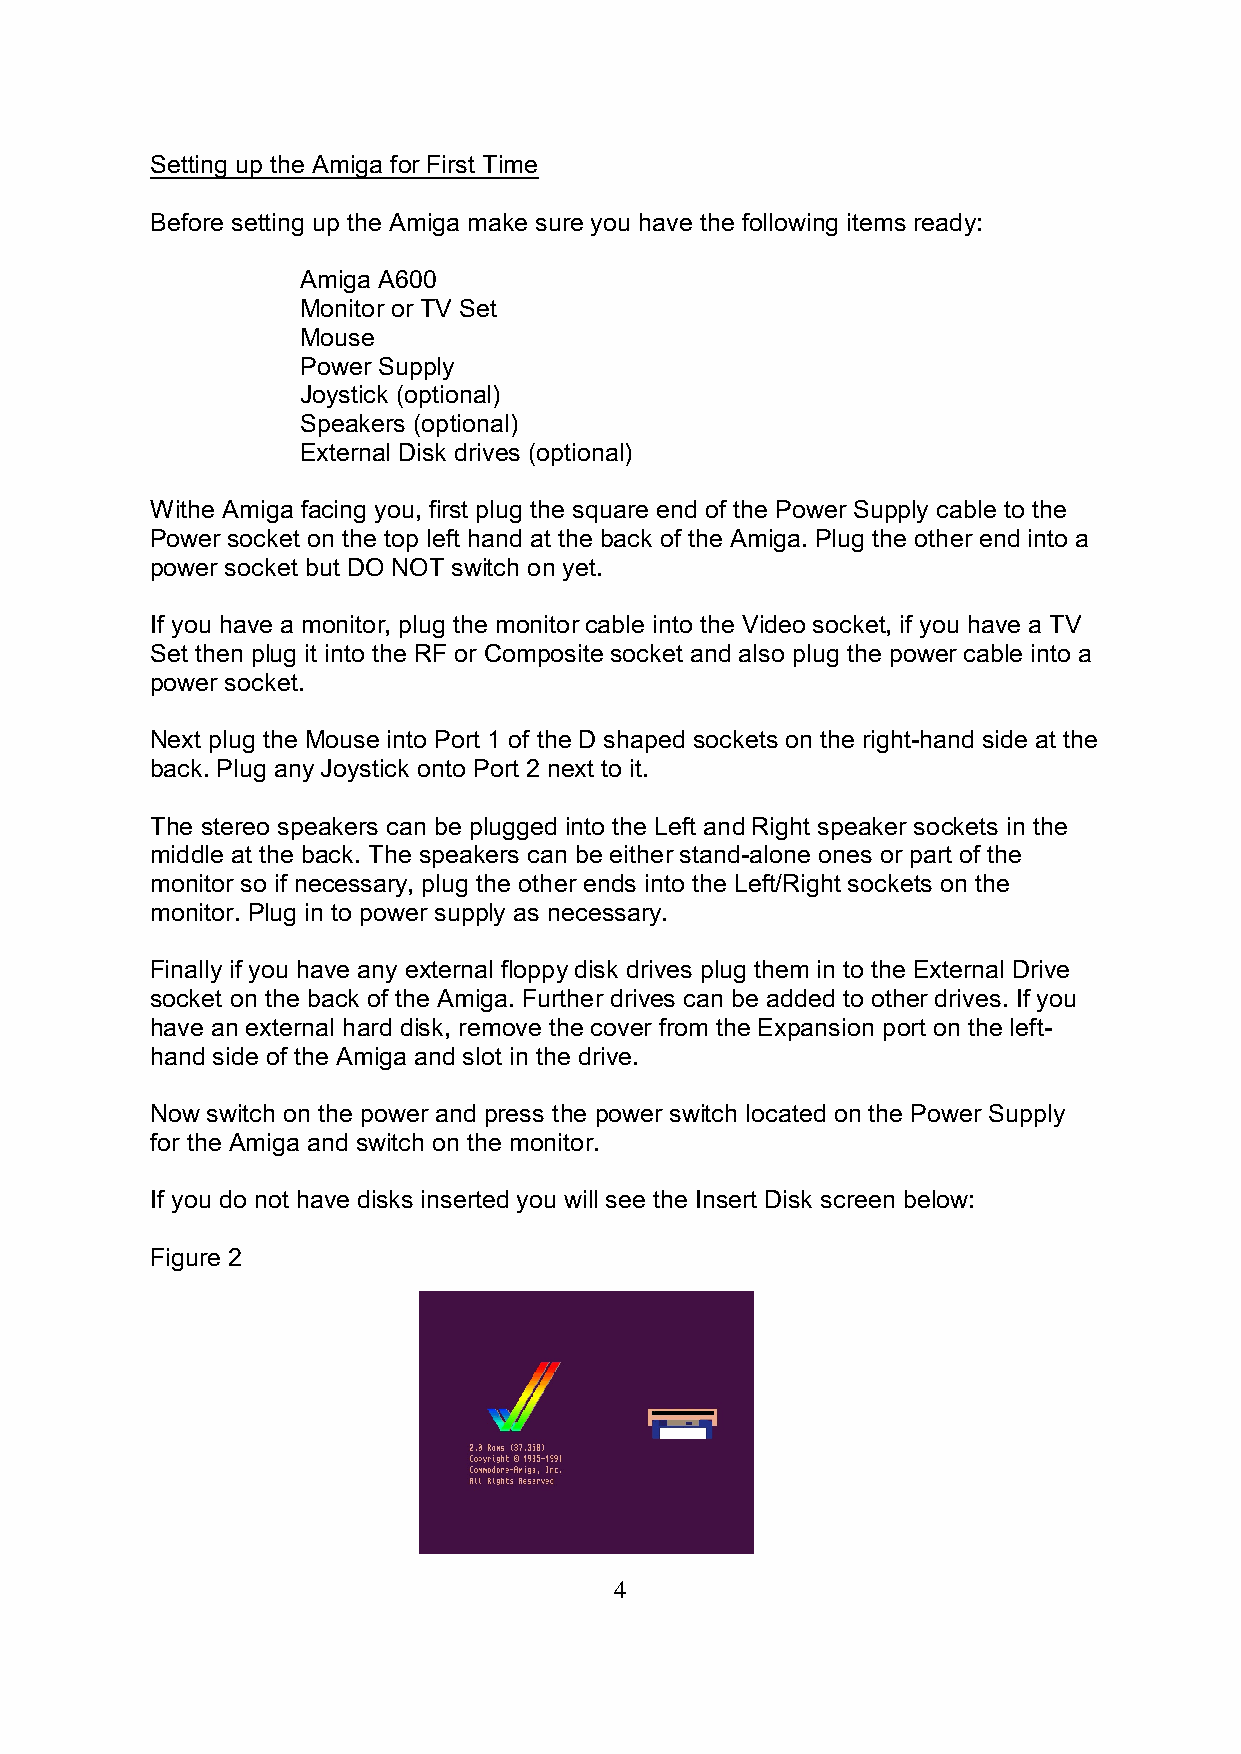
Setting up the Amiga for First Time
 Before setting up the Amiga make sure you have the following items ready:
 Amiga A600
 Monitor or TV Set
 Mouse
 Power Supply
 Joystick (optional)
 Speakers (optional)
 External Disk drives (optional)
 Withe Amiga facing you, first plug the square end of the Power Supply cable to the
 Power socket on the top left hand at the back of the Amiga. Plug the other end into a
 power socket but DO NOT switch on yet.
 If you have a monitor, plug the monitor cable into the Video socket, if you have a TV
 Set then plug it into the RF or Composite socket and also plug the power cable into a
 power socket.
 Next plug the Mouse into Port 1 of the D shaped sockets on the right-hand side at the
 back. Plug any Joystick onto Port 2 next to it.
 The stereo speakers can be plugged into the Left and Right speaker sockets in the
 middle at the back. The speakers can be either stand-alone ones or part of the
 monitor so if necessary, plug the other ends into the Left/Right sockets on the
 monitor. Plug in to power supply as necessary.
 Finally if you have any external floppy disk drives plug them in to the External Drive
 socket on the back of the Amiga. Further drives can be added to other drives. If you
 have an external hard disk, remove the cover from the Expansion port on the left-
 hand side of the Amiga and slot in the drive.
 Now switch on the power and press the power switch located on the Power Supply
 for the Amiga and switch on the monitor.
 If you do not have disks inserted you will see the Insert Disk screen below:
 Figure 2
 4